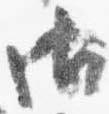
御